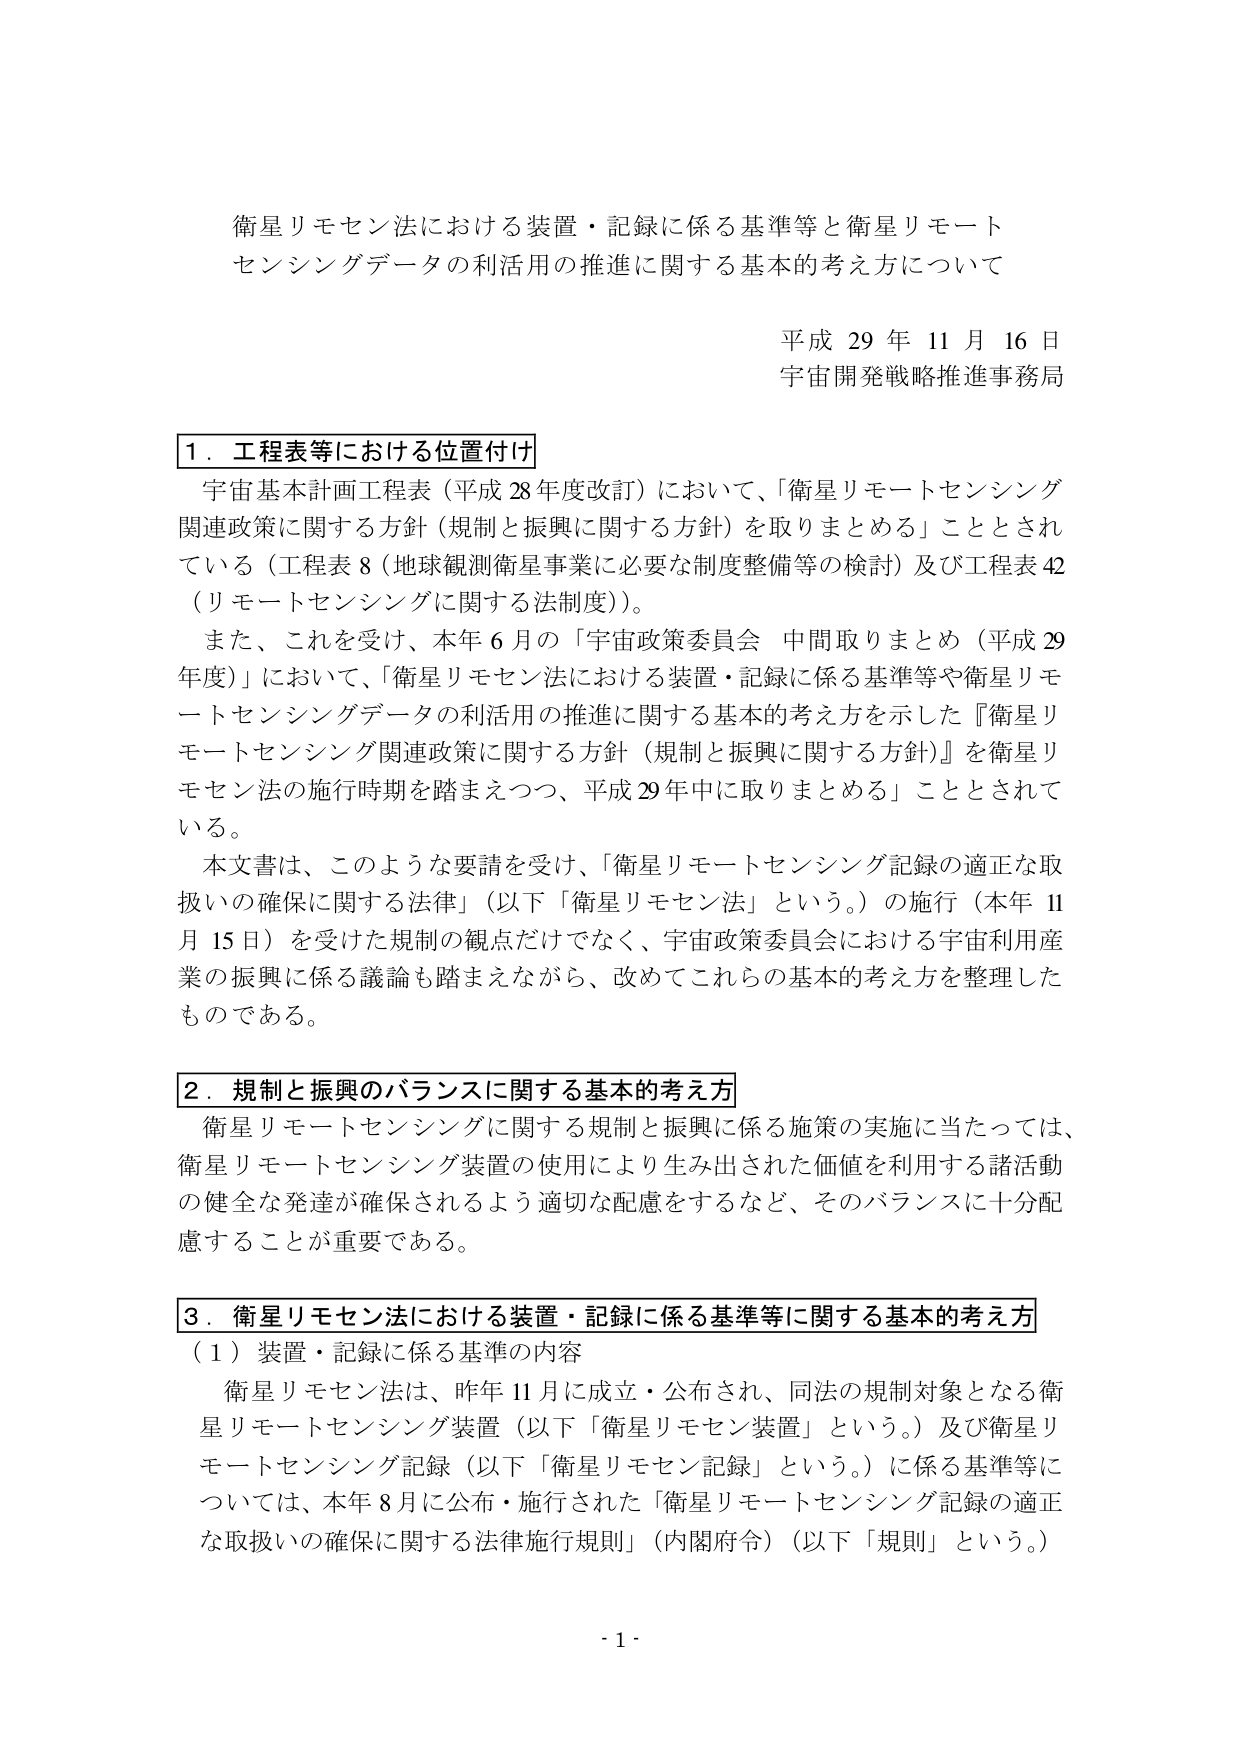
衛星リモセン法における装置・記録に係る基準等と衛星リモート
センシングデータの利活用の推進に関する基本的考え方について

平成 29 年 11 月 16 日
宇宙開発戦略推進事務局

1．工程表等における位置付け
宇宙基本計画工程表（平成 28 年度改訂）において、「衛星リモートセンシング
関連政策に関する方針（規制と振興に関する方針）を取りまとめる」こととされ
ている（工程表 8（地球観測衛星事業に必要な制度整備等の検討）及び工程表 42
（リモートセンシングに関する法制度））。
また、これを受けて、本年 6 月の「宇宙政策委員会 中間取りまとめ（平成 29
年度）」において、「衛星リモセン法における装置・記録に係る基準等や衛星リモ
ートセンシングデータの利活用の推進に関する基本的考え方を示した『衛星リ
モートセンシング関連政策に関する方針（規制と振興に関する方針）』を衛星リ
モセン法の施行時期を踏まえつつ、平成 29 年中に取りまとめる」こととされて
いる。
本文書は、このような要請を受け、「衛星リモートセンシング記録の適正な取
扱いの確保に関する法律」（以下「衛星リモセン法」という。）の施行（本年 11
月 15 日）を受けた規制の観点だけでなく、宇宙政策委員会における宇宙利用産
業の振興に係る議論も踏まえながら、改めてこれらの基本的考え方を整理した
ものである。

2．規制と振興のバランスに関する基本的考え方
衛星リモートセンシングに関する規制と振興に係る施策の実施に当たっては、
衛星リモートセンシング装置の使用により生み出された価値を利用する諸活動
の健全な発達が確保されるよう適切な配慮をするなど、そのバランスに十分配
慮することが重要である。

3．衛星リモセン法における装置・記録に係る基準等に関する基本的考え方
（1）装置・記録に係る基準の内容
衛星リモセン法は、昨年 11 月に成立・公布され、同法の規制対象となる衛
星リモートセンシング装置（以下「衛星リモセン装置」という。）及び衛星リ
モートセンシング記録（以下「衛星リモセン記録」という。）に係る基準等に
ついては、本年 8 月に公布・施行された「衛星リモートセンシング記録の適正
な取扱いの確保に関する法律施行規則」（内閣府令）（以下「規則」という。）

- 1 -